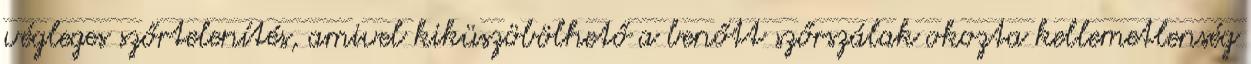
végleges szőrtelenítés, amivel kiküszöbölhető a benőtt szőrszálak okozta kellemetlenség